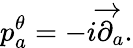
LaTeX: p_{a}^{\theta}=-i\overrightarrow{\partial}_{a}.